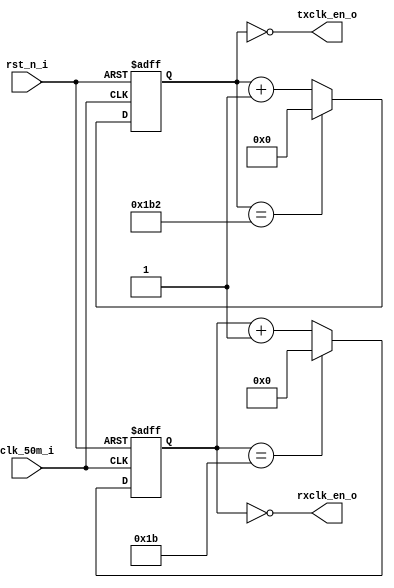
/*
 *  uart_hardware -- Hardware for uart.
 *
 *  Please communicate with Junnan Li <lijunnan@nudt.edu.cn> when meeting any question.
 *  Copyright and related rights are licensed under the MIT license.
 *
 *  Data: 2021.11.20
 *  Description: generating clk for sampling rx/tx data. 
 */
module baud_rate_gen(
  input       clk_50m_i,
  input       rst_n_i,
  output wire rxclk_en_o,
  output wire txclk_en_o
);
parameter CLK_HZ        = 50000000,
          RX_ACC_MAX    = CLK_HZ / (115200 * 16),
          TX_ACC_MAX    = CLK_HZ / 115200,
          // RX_ACC_MAX    = 1,
          // TX_ACC_MAX    = 31,
          RX_ACC_WIDTH  = $clog2(RX_ACC_MAX)+1,
          TX_ACC_WIDTH  = $clog2(TX_ACC_MAX)+1;

reg [RX_ACC_WIDTH - 1:0] rx_acc;
reg [TX_ACC_WIDTH - 1:0] tx_acc;

assign rxclk_en_o = (rx_acc == 5'd0);
assign txclk_en_o = (tx_acc == 9'd0);

always @(posedge clk_50m_i or negedge rst_n_i) begin
  if(!rst_n_i) begin
    rx_acc      <= 0;
    tx_acc      <= 0;
  end
  else begin
    //* rx;
    if(rx_acc == RX_ACC_MAX[RX_ACC_WIDTH - 1:0])
      rx_acc    <= 0;
    else
      rx_acc    <= rx_acc + {{(RX_ACC_WIDTH - 1){1'b0}},1'b1};
    //* tx;
    if (tx_acc == TX_ACC_MAX[TX_ACC_WIDTH - 1:0])
      tx_acc    <= 0;
    else
      tx_acc    <= tx_acc + {{(TX_ACC_WIDTH - 1){1'b0}},1'b1};
  end
end

endmodule